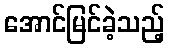
အောင်မြင်ခဲ့သည့်